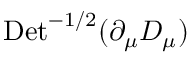
\mathrm { D e t } ^ { - 1 / 2 } ( \partial _ { \mu } D _ { \mu } )